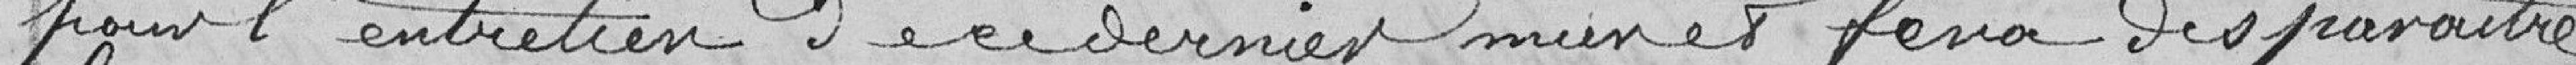
pour l'entretien de ce dernier muret fera disparaître